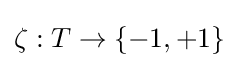
\zeta :T\to \{-1,+1\}